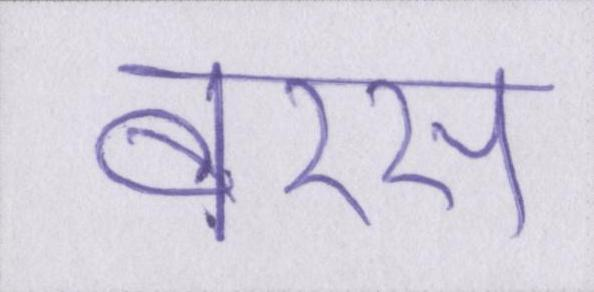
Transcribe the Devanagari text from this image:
बरस